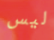
ليس